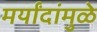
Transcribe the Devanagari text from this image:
मर्यांदांमुळे